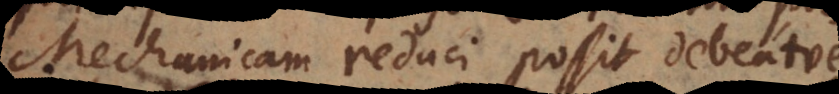
Mechanicam reduci possit debeatve,